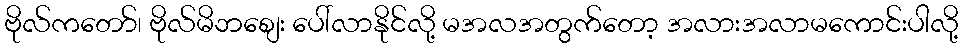
ဗိုလ်ကတော်၊ ဗိုလ်မိဘစျေး ပေါ်လာနိုင်လို့ မအလအတွက်တော့ အလားအလာမကောင်းပါလို့